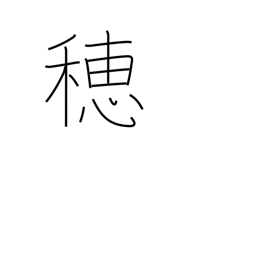
Meaning: ear (grain)